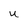
Character: u